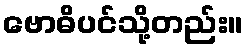
ဗောဓိပင်သို့တည်း။